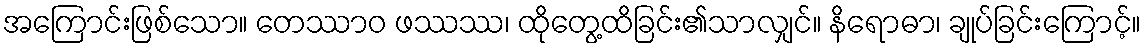
အကြောင်းဖြစ်သော။ တေဿာဝ ဖဿဿ၊ ထိုတွေ့ထိခြင်း၏သာလျှင်။ နိရောဓာ၊ ချုပ်ခြင်းကြောင့်။